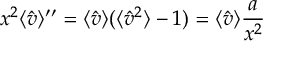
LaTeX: x ^ { 2 } \langle { \hat { v } } \rangle ^ { \prime \prime } = \langle { \hat { v } } \rangle ( \langle { \hat { v } } ^ { 2 } \rangle - 1 ) = \langle { \hat { v } } \rangle { \frac { a } { x ^ { 2 } } }